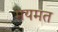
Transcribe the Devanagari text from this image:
मयमत